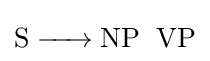
{\ce {S -> NP \; VP}}